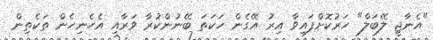
"އެނާޖީ ލޭބަލް" ހަރުކޮށްފައިވާ އިރު އޭގެން ހަކަތަ ބޭނުންކުރާ ވަރާއި އެހެނިހެން ތަކެތިން